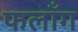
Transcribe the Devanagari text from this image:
फलाँग